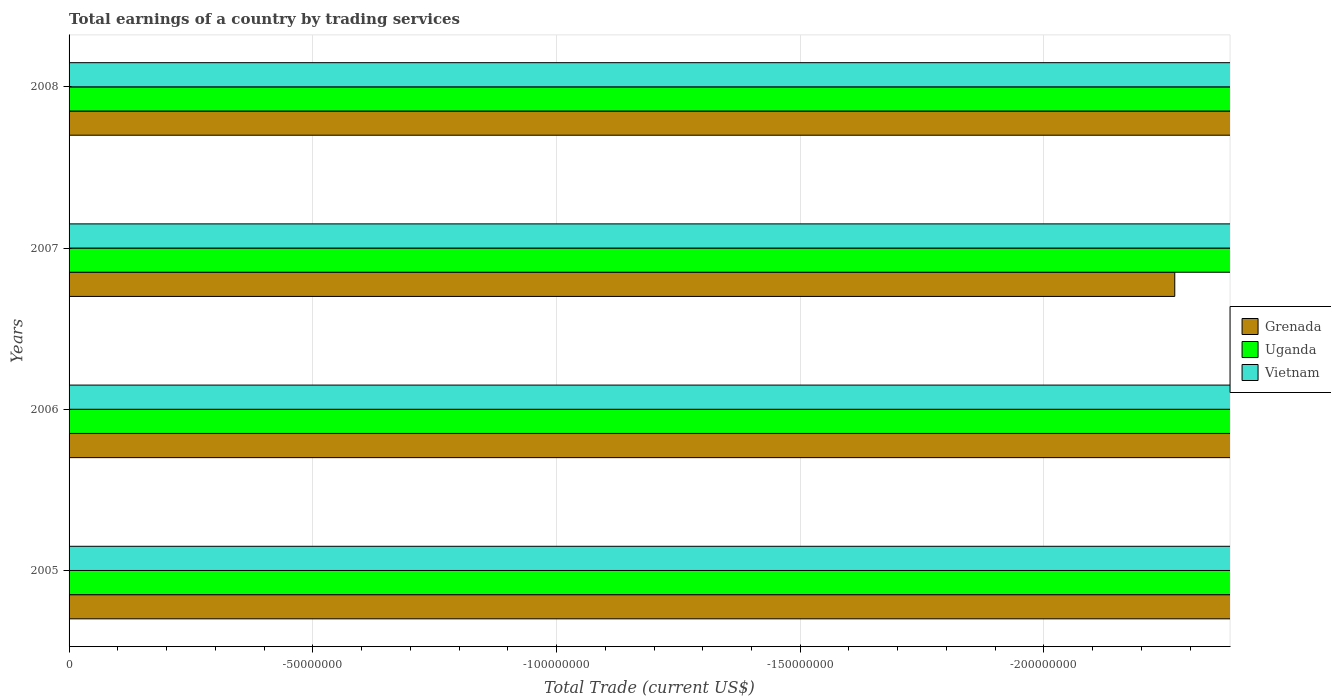
| Years | Grenada | Uganda | Vietnam |
 | --- | --- | --- | --- |
 | 2005 | -2.47e+08 | -8.12e+08 | -2.74e+09 |
 | 2006 | -2.4e+08 | -1.25e+09 | -2.78e+09 |
 | 2007 | -2.27e+08 | -1.5e+09 | -1.12e+10 |
 | 2008 | -2.44e+08 | -2.26e+09 | -1.37e+10 |